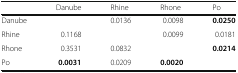
|  | Danube | Rhine | Rhone | Po |
 | --- | --- | --- | --- | --- |
 | Danube |  | 0.0136 | 0.0098 | 0.0250 |
 | Rhine | 0.1168 |  | 0.0099 | 0.0181 |
 | Rhone | 0.3531 | 0.0832 |  | 0.0214 |
 | Po | 0.0031 | 0.0209 | 0.0020 |  |